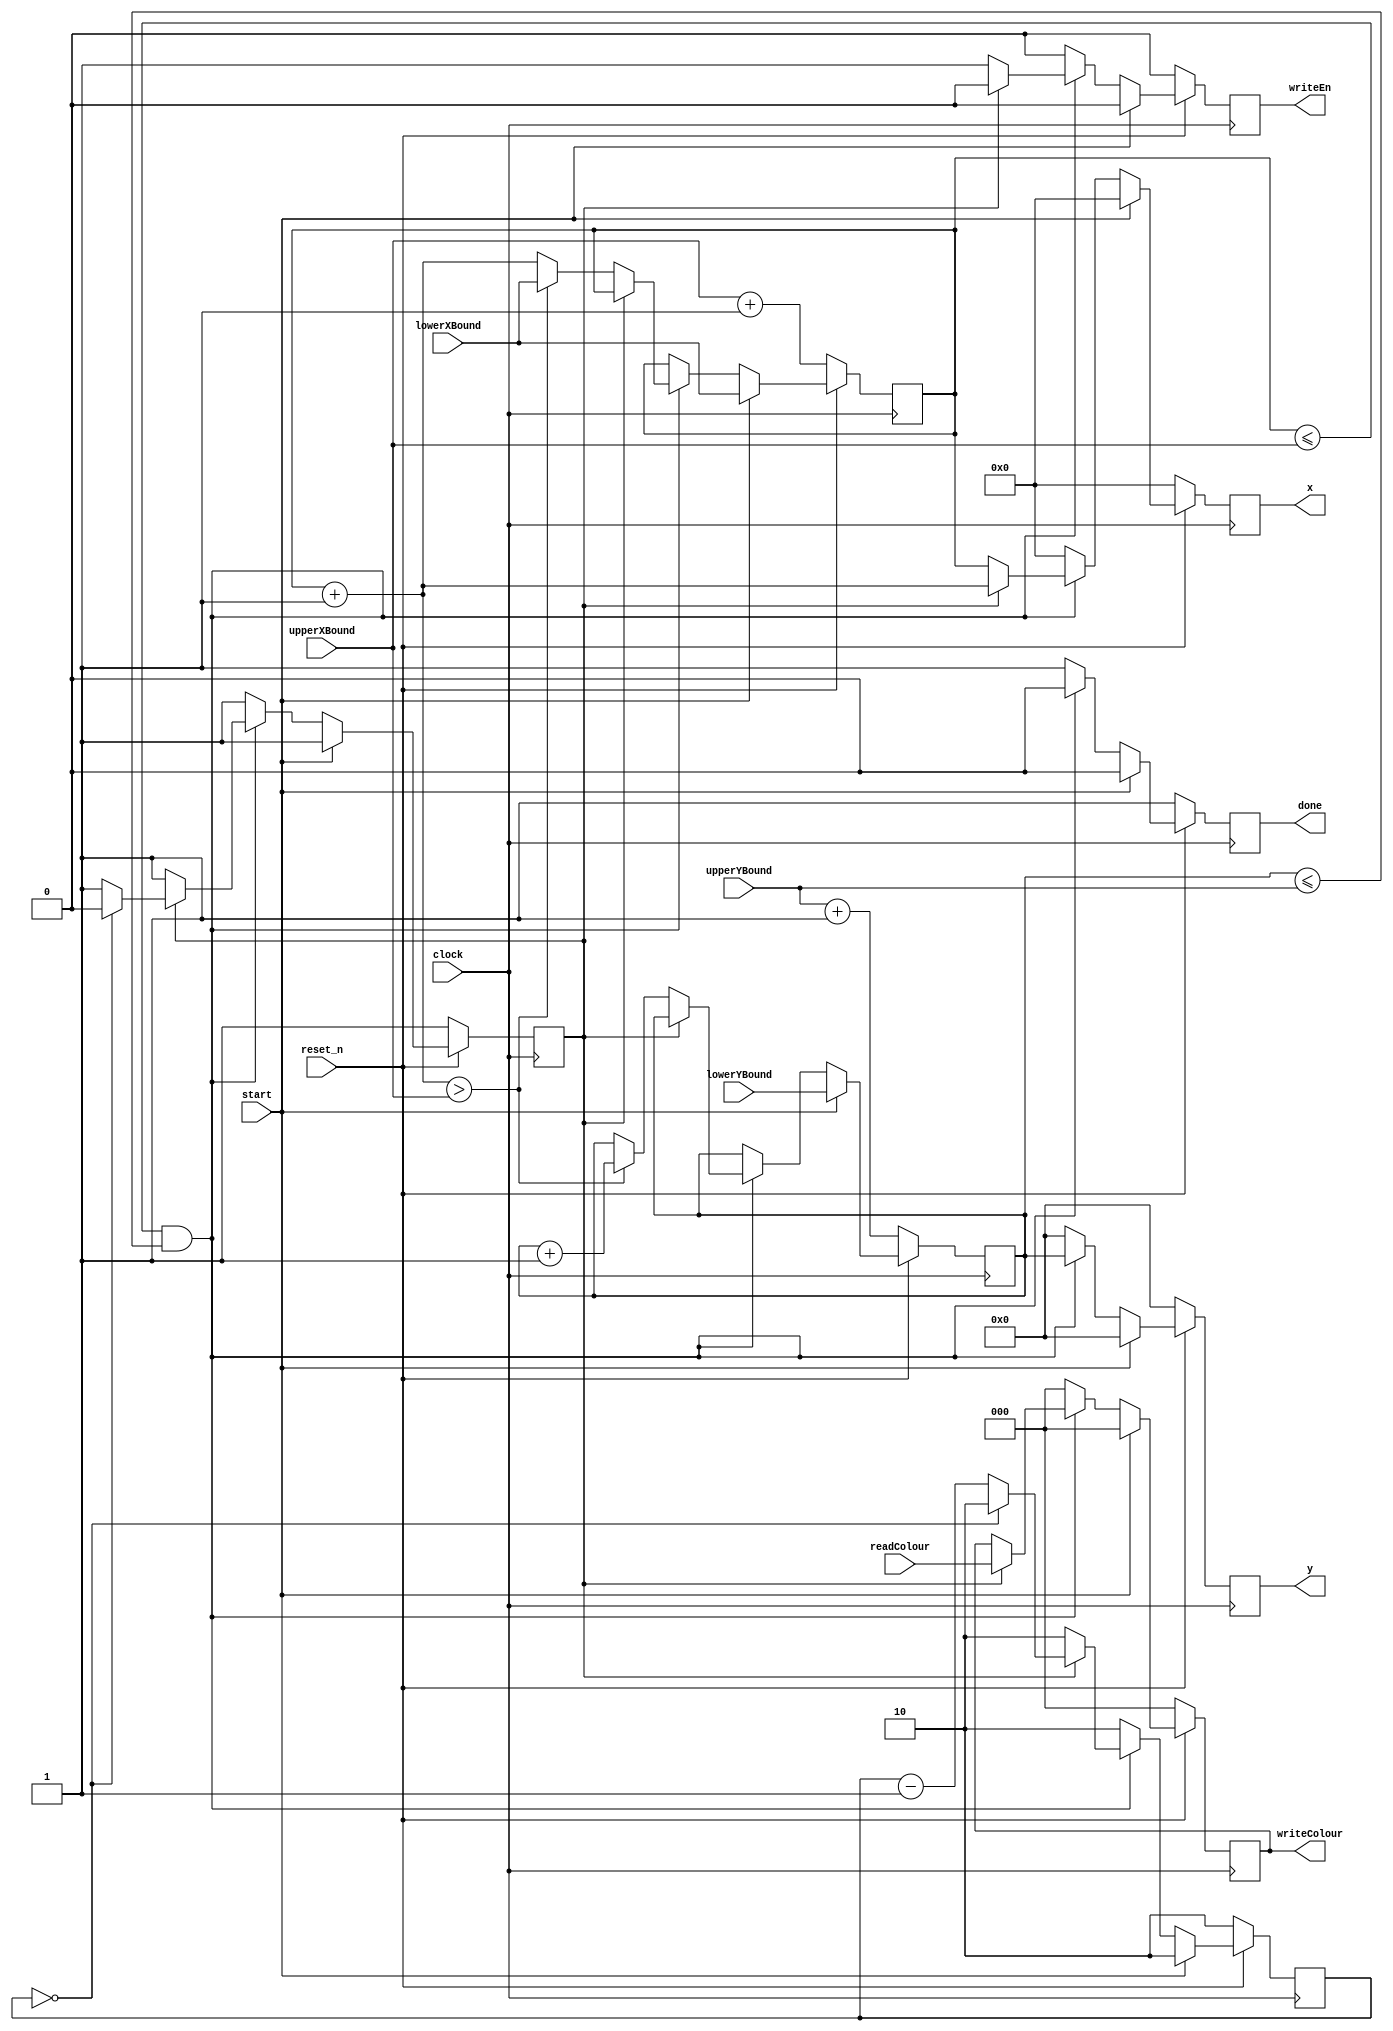


//The screenSlider module.
module screenSlider(input start, 
						  input [7:0] lowerXBound, upperXBound,
						  input [6:0] lowerYBound, upperYBound,
						  input [2:0] readColour,
						  input clock, reset_n,
						  output reg [7:0] x, output reg [6:0] y, output reg [2:0] writeColour, output reg writeEn,
						  output reg done);
							
	//The iteration counters.
	reg [7:0] xIteration;
	reg [6:0] yIteration;
	
	//A reg counter to account for a read delay of 2 clock cycles from the screenMirror.
	reg [1:0] delayCounter;
	
	//The reg flag for keeping track of read vs. write cycles.
	reg isReadCycle;
	
	//The behaviour for the module.
	always@(posedge clock)
	begin
		if (reset_n == 0)
		begin
			isReadCycle <= 1;
			delayCounter <= 2'b10;
			xIteration <= upperXBound + 1;
			yIteration <= upperYBound + 1;
			x <= 8'b00000000;
			y <= 7'b0000000;
			writeColour <= 3'b000;
			writeEn <= 0;
			done <= 1;
		end
		else
		begin
			if (start == 1)
			begin
				isReadCycle <= 1;
				delayCounter <= 2'b10;
				xIteration <= lowerXBound;
				yIteration <= lowerYBound;
				x <= 8'b00000000;
				y <= 7'b0000000;
				writeColour <= 3'b000;
				writeEn <= 0;
				done <= 0;
			end
			else
			begin
				if ( (xIteration <= upperXBound) && (yIteration <= upperYBound) )
				begin
				
					//The case when it is currently a read cycle.
					if (isReadCycle == 1)
					begin
						if (delayCounter == 2'b00)
						begin
							isReadCycle <= 0;
							delayCounter <= 2'b10;
							x <= xIteration + 1;
							y <= yIteration;
							writeColour <= readColour;
							writeEn <= 0;
							done <= 0;
							xIteration = xIteration;
							yIteration = yIteration;
						end
						else
						begin
							isReadCycle <= 1;
							delayCounter <= delayCounter - 1;
							x <= xIteration + 1;
							y <= yIteration;
							writeColour <= readColour;
							writeEn <= 0;
							done <= 0;
							xIteration = xIteration;
							yIteration = yIteration;
						end
					end
					
					//The case when it is a write cycle.
					else
					begin
						isReadCycle <= 1;
						delayCounter <= 2'b10;
						x <= xIteration;
						y <= yIteration;
						writeColour <= writeColour;
						writeEn <= 1;
						done <= 0;
						xIteration = xIteration + 1;
						yIteration = yIteration;
						if (xIteration > upperXBound)
						begin
							xIteration = lowerXBound;
							yIteration = yIteration + 1;
						end
						else
						begin
							xIteration = xIteration;
							yIteration = yIteration;
						end
					end
				end
				else
				begin
					isReadCycle <= 1;
					delayCounter <= 2'b10;
					done <= 1;
					xIteration <= xIteration;
					yIteration <= yIteration;
					x <= 8'b00000000;
					y <= 7'b0000000;
					writeColour <= 3'b000;
					writeEn <= 0;
				end
			end
		end
	end
endmodule